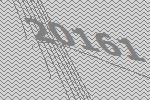
20161